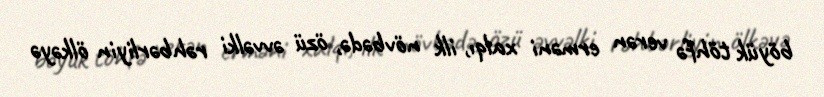
böyük töhfə verən erməni xalqı, ilk növbədə, özü əvvəlki rəhbərliyin ölkəyə